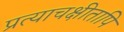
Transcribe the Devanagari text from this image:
प्रत्याचक्षीतापि